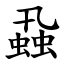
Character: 蝨